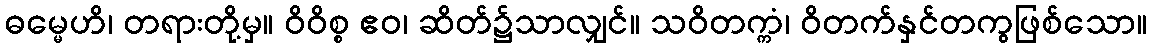
ဓမ္မေဟိ၊ တရားတို့မှ။ ဝိဝိစ္စ ဧဝ၊ ဆိတ်၌သာလျှင်။ သဝိတက္ကံ၊ ဝိတက်နှင်တကွဖြစ်သော။